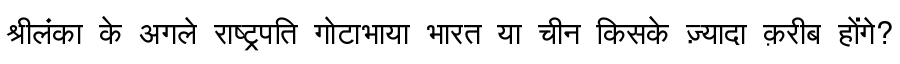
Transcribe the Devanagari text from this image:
श्रीलंका के अगले राष्ट्रपति गोटाभाया भारत या चीन किसके ज़्यादा क़रीब होंगे?